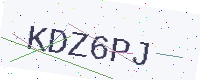
Text: KDZ6PJ